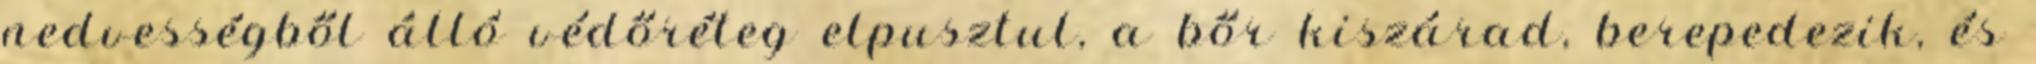
nedvességből álló védőréteg elpusztul, a bőr kiszárad, berepedezik, és